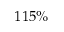
1 1 5 \%